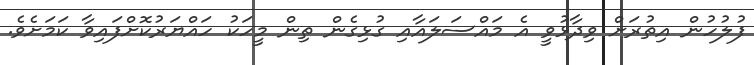
ފުލުހުން އިތުރަށް ވިދާޅުވީ އެ މައްސަލައާއި ގުޅިގެން ތިން މީހަކު ހައްޔަރުކޮށްފައިވާ ކަމަށެވެ.